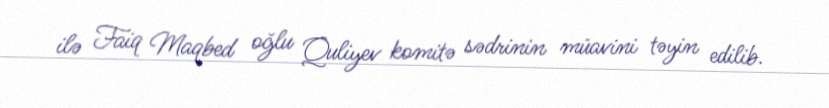
ilə Faiq Maqbed oğlu Quliyev komitə sədrinin müavini təyin edilib.